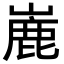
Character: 𪩏